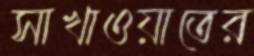
সাখাওয়াতের